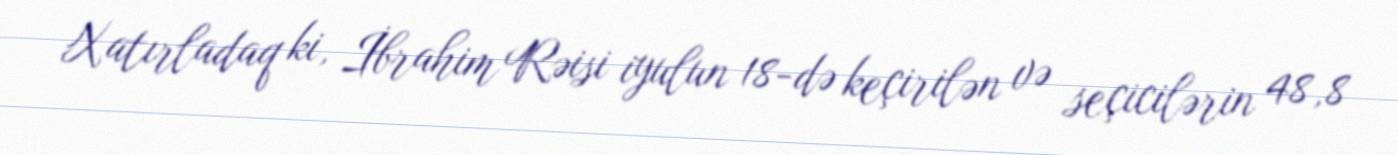
Xatırladaq ki, İbrahim Rəisi iyulun 18-də keçirilən və seçicilərin 48,8